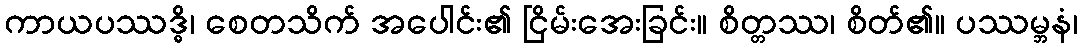
ကာယပဿဒ္ဓိ၊ စေတသိက် အပေါင်း၏ ငြိမ်းအေးခြင်း။ စိတ္တဿ၊ စိတ်၏။ ပဿမ္ဘနံ၊